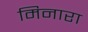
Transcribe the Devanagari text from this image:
मिनारा